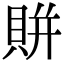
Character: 賆